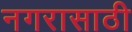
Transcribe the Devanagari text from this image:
नगरासाठी